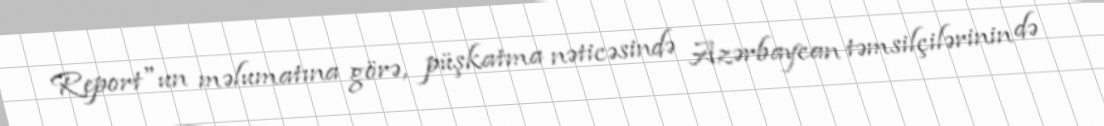
Report"un məlumatına görə, püşkatma nəticəsində Azərbaycan təmsilçilərinin də